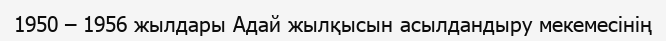
1950 – 1956 жылдары Адай жылқысын асылдандыру мекемесінің